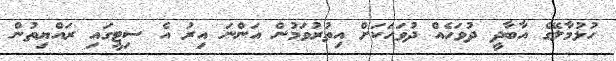
ހުޅުމާލޭގެ އާބާދީ ދުވަހެއް ދުވަހަކަށް އިތުރުވަމުން އަންނަ އިރު އެ ސިޓީގައި ރައްޔިތުން